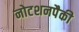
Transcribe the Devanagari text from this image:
नोटशनपैकी